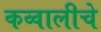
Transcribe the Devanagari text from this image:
कव्वालीचे